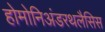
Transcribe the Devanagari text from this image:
होमोनिअंडरथलैसिस